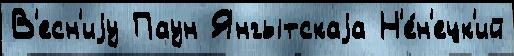
В'есн'иjу Паун Янгытскаjа Н'е́н'ецк'ий